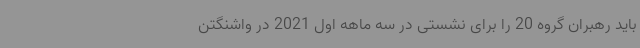
باید رهبران گروه 20 را برای نشستی در سه ماهه اول 2021 در واشنگتن